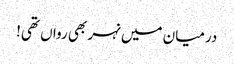
درمیان میں نہر بھی رواں تھی!